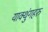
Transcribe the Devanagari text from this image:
याक्थुंगहरु